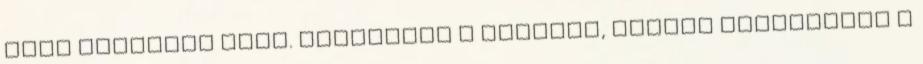
haja borzosan állt. Hátradőlt a székben, közben előkotorta a